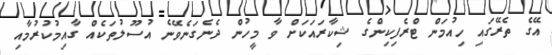
އޭގެ ތެރޭގައި ހިއުމަން ޓްރެފިކިންގެ ޝިކާރައަކަށް ވާ މީހުން ދެނެގަނެވޭނެ އުސޫލުތަކެއް ގާއިމުކުރުމާއި